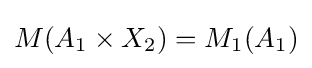
M(A_{1}\times X_{2})=M_{1}(A_{1})